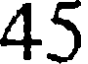
45